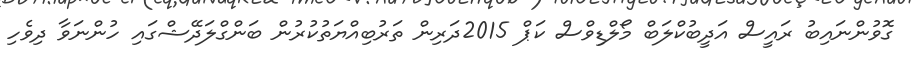
ގޮވުންނައިބު ރައީސް އަދީބުކްލަބް މޯލްޑިވްސް ކަޕް 2015ދަރިން ތަރުބިއްޔަތުކުރުން ބަންގްލަދޭޝްގައި ހުންނަވާ ދިވެހި